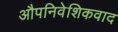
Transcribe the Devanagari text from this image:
औपनिवेशिकवाद